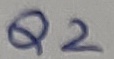
Text: Q2